Vaccination North-Western Provinces and Oudh 1878-1895 - 1878-1895
Year: 1878
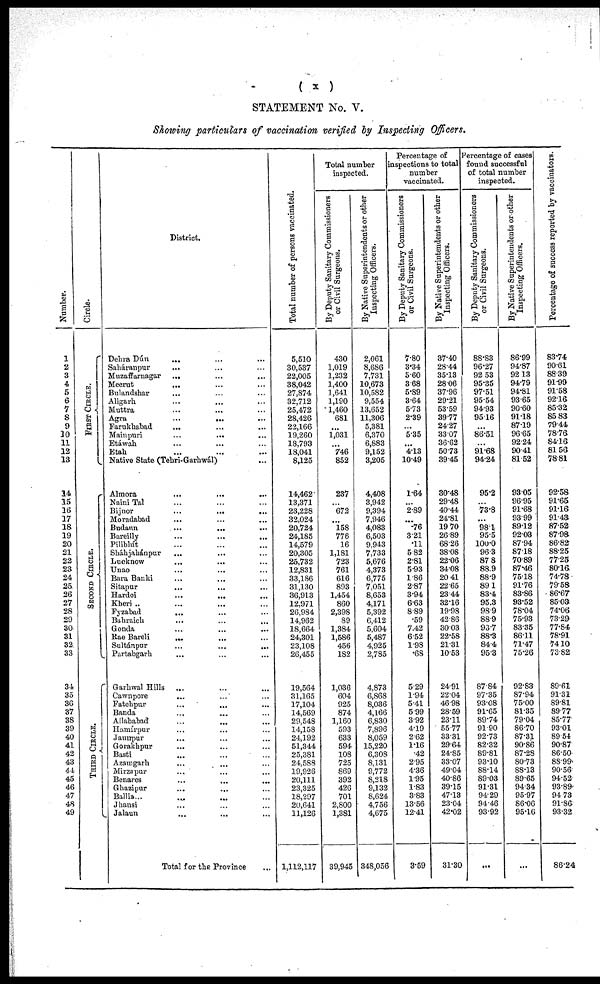
( x )
STATEMENT No. V.
Showing particulars of vaccination verified by Inspecting Officers.
Number.
1
2
3
4
5
6
7
8
9
10
11
12
13
14
15
16
17
18
19
20
21
22
23
24
25
26
27
28
29
30
31
32
33
34
35
36
37
38
39
40
41
42
43
44
45
46
47
48
49
Circle.
FIRST CIRCLE.
SECOND CIRCLE.
THIRD CIRCLE.
District.
Dehra Dún ... ... ...
Saháranpur
... ... ...
Muzaffarnagar
... ... ...
Meerut
... ... ...
Bulandshar ... ... ...
Aligarh ... ... ...
Muttra ... ... ...
Agra ... ... ...
Farukhabad
... ... ...
Mainpuri ... ... ...
Etáwah ... ... ...
Etah ... ... ...
Native State (Tehri-Garhwál) ...
Almora ... ... ...
NainiTal ... ... ...
Bijnor
...
...
...
Moradabad ... ... ...
Budaun ... ... ...
Bareilly ... ... ...
Pilibhít ... ... ...
Sháhjahánpur ... ... ...
Lucknow ... ... ...
Unao ... ... ...
Bara Banki ... ... ...
Sitapur ... ... ...
Hardoi
...
...
...
Kheri .. ... ... ...
Fyzabad ... ... ...
Bahraich ... ... ...
Gonda ... ... ...
Rae Bareli ... ... ...
Sultánpur ... ... ...
Partabgarh ... ... ...
Garhwal Hills ... ... ...
Cawnpore ... ... ...
Fatehpur ... ... ...
Banda ... ... ...
Allahabad ... ... ...
Hamírpur ... ... ...
Jaunpur ... ... ...
Gorakhpur ... ... ...
Basti ... ... ...
Azamgarh ... ... ...
Mirzapur ... ... ...
Benares ... ... ...
Ghazipur ... ... ...
Ballia... ... ... ...
Jhansi ... ... ...
Jalaun ... ... ...
Total for the Province ...
Total number of persons vaccinated.
5,510
30,537
22,005
38,042
27,874
32,712
25,472
28,426
22,166
19,260
18,793
18,041
8,125
14,462
13,371
23,228
32,024
20,724
24,185
14,579
20,305
25,732
12,831
33,186
31,130
36,913
12,971
26,984
14,962
18,664
24,301
23,108
26,455
19,564
31,165
17,104
14,569
29,548
14,158
24,192
51,344
25,381
24,588
19,926
20,111
23,325
18,297
20,641
11,126
1,112,117
Total number
inspected
By Deputy Sanitary Commissioners
or Civil Surgeons.
430
1,019
1,232
1,400
1,641
1,190
1,460
681
...
1,031
...
746
852
237
...
672
...
158
776
16
1,181
723
761
616
893
1,454
860
2,398
89
1,384
1,586
456
182
1,036
604
925
874
1,160
593
633
594
108
725
869
392
426
701
2,800
1,381
39,945
By Native Superintendents or other
Inspecting Officers.
2,061
8,686
7,731
10,673
10,582
9,554
13,652
11,306
5,381
6,370
6,883
9,152
3,205
4,408
3,942
9,394
7,946
4,083
6,503
9,943
7,733
5,676
4,373
6,775
7,051
8,653
4,171
5,392
6,412
5,604
5,487
4,925
2,785
4,873
6,868
8,036
4,166
6,830
7,896
8,059
15,220
6,308
8,131
9,772
8,218
9,132
8,624
4,756
4,675
348,056
Percentage of
inspections to total
number
vaccinated.
By Deputy Sanitary Commissioners
or Civil Surgeons.
7.80
3.34
5.60
3.68
5.89
3.64
5.73
2.39
...
5.35
...
4.13
10.49
1.64
...
2.89
...
.76
3.21
.11
5.82
2.81
5.93
1.86
2.87
3.94
6.63
8.89
.59
7.42
6.52
1.98
.68
5.29
1.94
5.41
5.99
3.92
4.19
2.62
1.16
.42
2.95
4.36
1.95
1.83
3.83
13.56
12.41
3.59
By Native Superintendents or other
Inspecting Officers.
37.40
28.44
35.13
28.06
37.96
29.21
53.59
39.77
24.27
33.07
36.62
50.73
39.45
30.48
29.48
40.44
24.81
19.70
26.89
68.26
38.08
22.06
34.08
20.41
22.65
23.44
32.16
19.98
42.86
30.03
22.58
21.31
10.53
24.91
22.04
46.98
28.59
23.11
55.77
33.31
29.64
24.85
33.07
49.04
40.86
39.15
47.13
23.04
42.02
31.30
Percentage of cases
found successful
of total number
inspected.
By Deputy Sanitary Commissioners
or Civil Surgeons.
88.83
96.27
92.53
95.35
97.51
95.54
94.93
95.16
...
86.51
...
91.68
94.24
95.2
...
73.8
...
98.1
95.5
100.0
96.3
87.8
88.9
88.9
89.1
83.4
95.3
98.9
88.9
93.7
88.3
84.4
95.3
87.84
97.35
93.08
91.65
89.74
91.90
92.73
82.32
89.81
93.10
88.14
89.03
91.31
94.29
94.46
93.92
...
By Native Superintendents or other
Inspecting Officers.
86.99
94.87
92.13
94.79
94.81
93.65
90.60
91.18
87.19
96.65
92.24
90.41
81.52
93.05
96.95
91.68
93.99
89.12
92.03
87.94
87.18
70.89
87.46
75.18
91.76
83.86
93.52
78.04
75.93
83.35
86.11
71.47
75.26
92.83
87.94
75.00
81.35
79.04
86.70
87.31
90.86
87.28
80.73
88.13
89.65
94.34
95.97
86.06
95.16
...
Percentage of success reported by vaccinators.
83.74
90.61
88.39
91.99
91.58
92.16
85.32
85.83
79.44
78.76
84.16
81.56
78.81
92.58
91.65
91.16
91.43
87.52
87.98
86.82
88.25
77.25
80.16
74.78
79.58
86.67
85.03
74.06
73.29
77.84
78.91
74.10
73.82
89.61
91.31
89.81
89.77
85.77
93.01
89.54
90.87
86.50
88.90
90.56
94.52
93.89
94.73
91.86
93.32
86.24